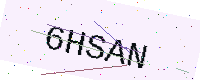
Text: 6HSAN